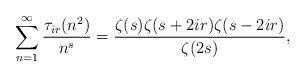
LaTeX: \begin{align*}\sum_{n=1}^{\infty}\frac{\tau_{ir}(n^2)}{n^s}=\frac{\zeta(s)\zeta(s+2ir)\zeta(s-2ir)}{\zeta(2s)},\end{align*}